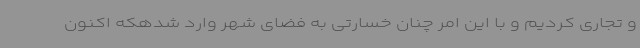
و تجاری کردیم و با این امر چنان خسارتی به فضای شهر وارد شدهکه اکنون